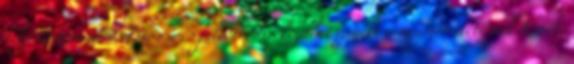
teljesítményedre. Frissen és feltöltődve kezdhetsz neki a megmérettetésnek Kinek,